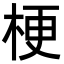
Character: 梗